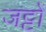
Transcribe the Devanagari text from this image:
जट्टों